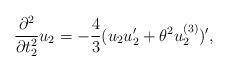
LaTeX: \begin{align*}\frac{\partial^{2}}{\partial t^{2}_{2}} u_2=-\frac{4}{3}(u_{2}u'_{2} + {\theta}^{2}u_{2}^{(3)})',\end{align*}